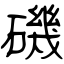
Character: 磯